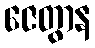
ဇေတွာန